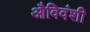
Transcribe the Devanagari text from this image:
औविवंशी